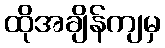
ထိုအချိန်ကျမှ